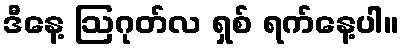
ဒီနေ့ ဩဂုတ်လ ရှစ် ရက်နေ့ပါ။